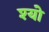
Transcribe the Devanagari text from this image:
श्यो